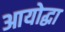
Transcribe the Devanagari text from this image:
आयोद्धा